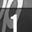
Digit: 1